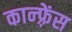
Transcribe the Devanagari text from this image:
कान्फ़्रेंस